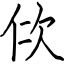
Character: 佽